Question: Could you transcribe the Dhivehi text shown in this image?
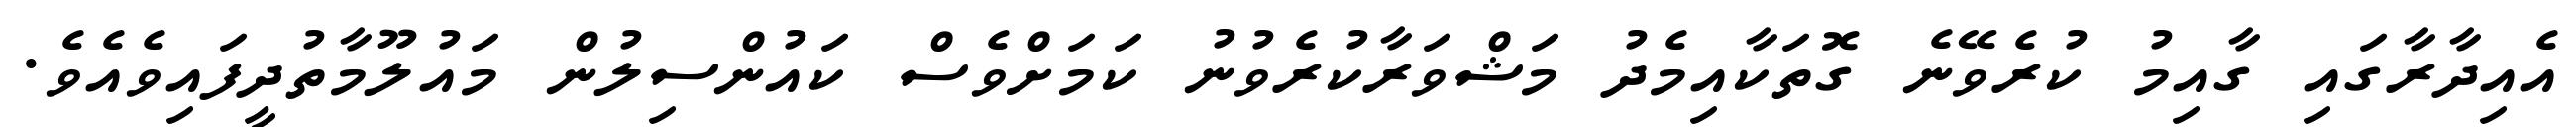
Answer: އެއިދާރާގައި ގާއިމު ކުރެވޭނެ ގޮތަކާއިމެދު މަޝްވަރާކުރެވުނު ކަމަށްވެސް ކައުންސިލުން މައުލޫމާތުދީފައިވެއެވެ.